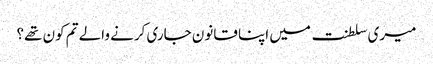
میری سلطنت میں اپنا قانون جاری کرنے والے تم کون تھے؟